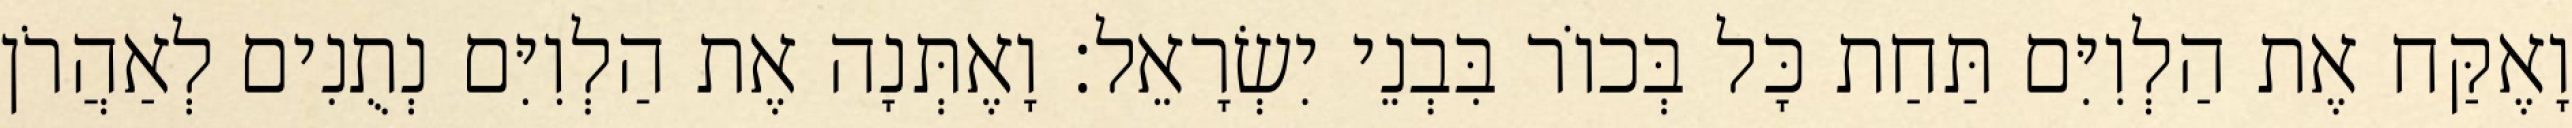
וָאֶקַּח אֶת הַלְוִיִּם תַּחַת כָּל בְּכוֹר בִּבְנֵי יִשְׂרָאֵל׃ וָאֶתְּנָה אֶת הַלְוִיִּם נְתֻנִים לְאַהֲרֹן